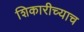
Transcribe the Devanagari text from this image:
शिकारीच्याच